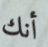
أنك